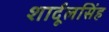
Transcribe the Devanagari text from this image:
शार्दूलसिंह